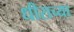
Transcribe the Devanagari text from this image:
धीराच्या